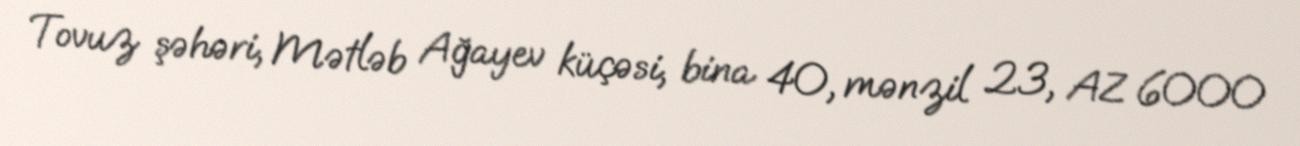
Tovuz şəhəri, Mətləb Ağayev küçəsi, bina 40, mənzil 23, AZ 6000